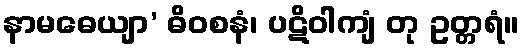
နာမဓေယျာ’ ဓိဝစနံ၊ ပဋိဝါကျံ တု ဥတ္တရံ။